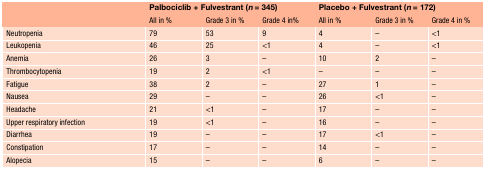
|  | <COLSPAN=3> Palbociclib + Fulvestrant (n = 345) | <COLSPAN=3> Placebo + Fulvestrant (n = 172) |
 |  | All in % | Grade 3 in % | Grade 4 in% | All in % | Grade 3 in % | Grade 4 in % |
 | --- | --- | --- | --- | --- | --- | --- |
 | Neutropenia | 79 | 53 | 9 | 4 | – | <1 |
 | Leukopenia | 46 | 25 | <1 | 4 | – | <1 |
 | Anemia | 26 | 3 | – | 10 | 2 | – |
 | Thrombocytopenia | 19 | 2 | <1 | – | – | – |
 | Fatigue | 38 | 2 | – | 27 | 1 | – |
 | Nausea | 29 | – | – | 26 | <1 | – |
 | Headache | 21 | <1 | – | 17 | – | – |
 | Upper respiratory infection | 19 | <1 | – | 16 | – | – |
 | Diarrhea | 19 | – | – | 17 | <1 | – |
 | Constipation | 17 | – | – | 14 | – | – |
 | Alopecia | 15 | – | – | 6 | – | – |